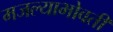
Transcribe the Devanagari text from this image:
मजल्याभोवती